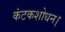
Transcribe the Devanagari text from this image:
कंटकशोधन।